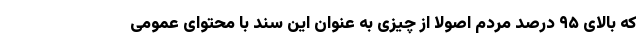
که بالای ۹۵ درصد مردم اصولاً از چیزی به عنوان این سند با محتوای عمومی